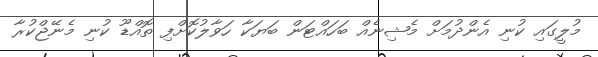
މުލީގައި ކުނި އެންދުމަށް މެޝިނެއް ބަހައްޓަން ބަޔަކާ ހަވާލުކޮށްފި ތޮއްޑޫ ކުނި މެނޭޖްކުރާ